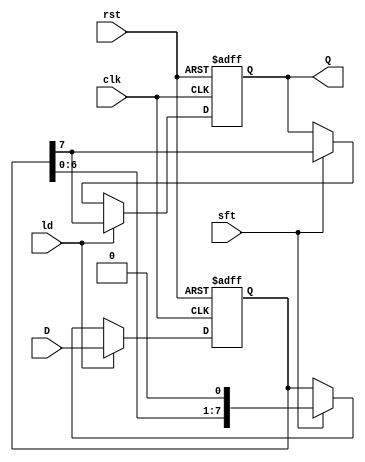
module PISO_Register #(
    parameter WIDTH = 8  // Set the width of the PISO register (number of bits)
)(
    input wire clk,           // Clock input
    input wire ld,           // Load control signal
    input wire sft,          // Shift control signal
    input wire [WIDTH-1:0] D, // Parallel input data
    output reg Q,            // Serial output
    input wire rst           // Optional reset signal
);

reg [WIDTH-1:0] shift_reg; // Shift register to hold input data
integer i;                  // Loop variable for shifting

always @(posedge clk or posedge rst) begin
    if (rst) begin
        // Asynchronous reset
        shift_reg <= 0;      // Reset the shift register to zero
        Q <= 0;              // Reset the output to zero
    end else if (ld) begin
        // Load data into the shift register
        shift_reg <= D;      // Capture parallel data
        Q <= shift_reg[WIDTH-1]; // Output the MSB upon loading
    end else if (sft) begin
        // Shift data out serially
        Q <= shift_reg[WIDTH-1]; // Output the current MSB
        shift_reg <= {shift_reg[WIDTH-2:0], 1'b0}; // Shift left, fill LSB with 0
    end
end

endmodule